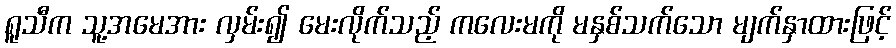
ရူသီက သူ့အမေအား လှမ်း၍ မေးလိုက်သည့် ကလေးမကို မနှစ်သက်သော မျက်နှာထားဖြင့်